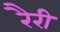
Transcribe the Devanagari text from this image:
रैरी